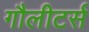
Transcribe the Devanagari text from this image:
गौलीटर्स